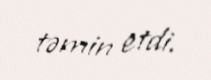
təmin etdi.